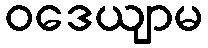
ဝဒေယျာမ